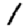
Digit: 1